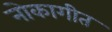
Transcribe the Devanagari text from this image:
नोकागीत